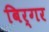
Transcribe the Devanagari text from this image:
बिर्गर